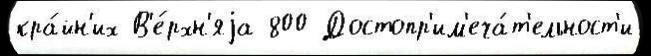
кра́йн'их В'е́рхн'яjа 800 Достопр'им'еча́т'ельност'и